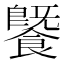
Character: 𩞚